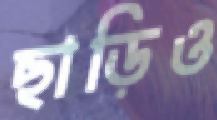
ছাড়িও